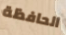
الحافظة